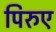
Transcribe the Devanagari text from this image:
पिरुए